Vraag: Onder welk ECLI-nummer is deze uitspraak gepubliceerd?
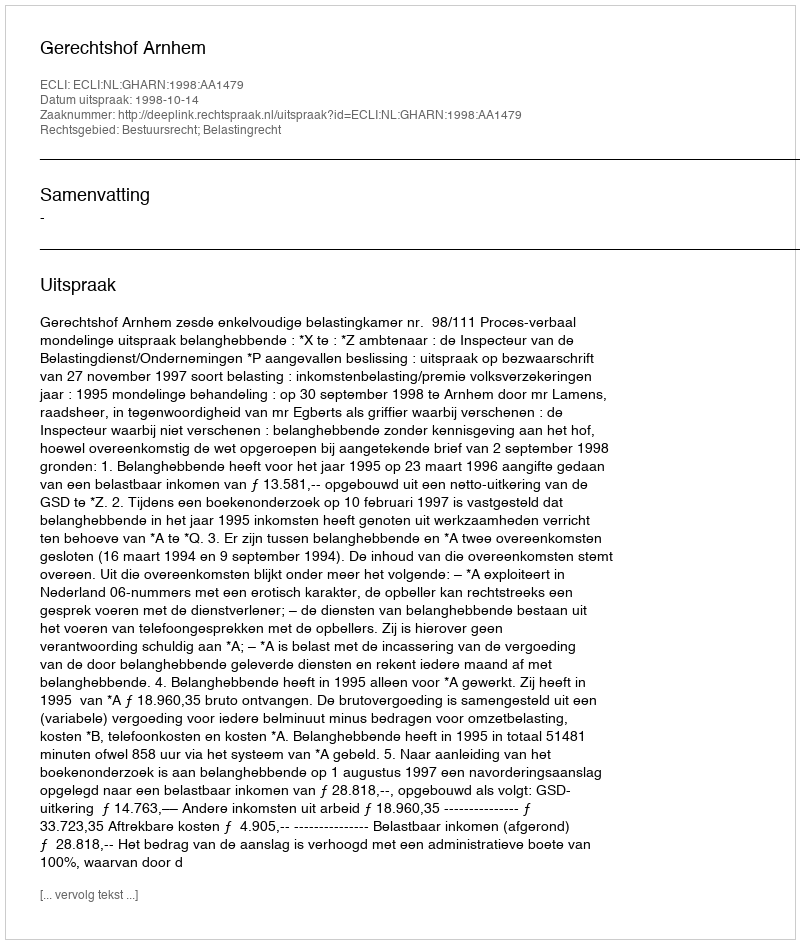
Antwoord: ECLI:NL:GHARN:1998:AA1479